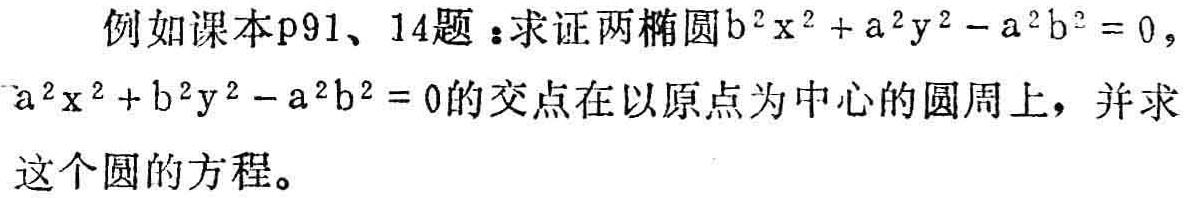
例如课本p91、14题：求证两椭圆\(b^{2}x^{2}+a^{2}y^{2}-a^{2}b^{2}=0\)，\(a^{2}x^{2}+b^{2}y^{2}-a^{2}b^{2}=0\)的交点在以原点为中心的圆周上，并求这个圆的方程。